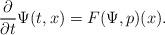
LaTeX: \begin{align*}\frac{\partial}{\partial t} \Psi(t,x) = F(\Psi, p)(x).\end{align*}